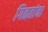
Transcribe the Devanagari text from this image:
गिळतांना